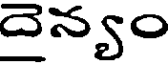
దైన్యం